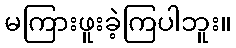
မကြားဖူးခဲ့ကြပါဘူး။